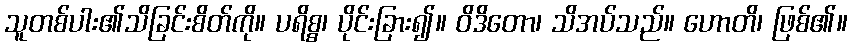
သူတစ်ပါး၏သိခြင်းစိတ်ကို။ ပရိစ္စ၊ ပိုင်းခြား၍။ ဝိဒိတော၊ သိအပ်သည်။ ဟောတိ၊ ဖြစ်၏။